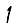
Digit: 1